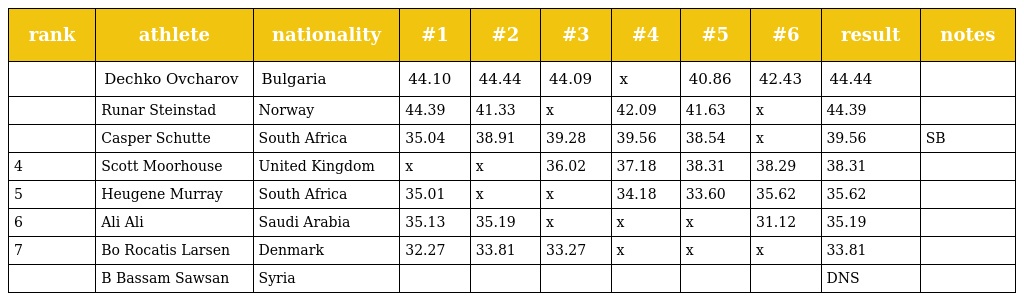
| rank | athlete | nationality | #1 | #2 | #3 | #4 | #5 | #6 | result | notes |
 | --- | --- | --- | --- | --- | --- | --- | --- | --- | --- | --- |
 |  | Dechko Ovcharov | Bulgaria | 44.10 | 44.44 | 44.09 | x | 40.86 | 42.43 | 44.44 |  |
 |  | Runar Steinstad | Norway | 44.39 | 41.33 | x | 42.09 | 41.63 | x | 44.39 |  |
 |  | Casper Schutte | South Africa | 35.04 | 38.91 | 39.28 | 39.56 | 38.54 | x | 39.56 | SB |
 | 4 | Scott Moorhouse | United Kingdom | x | x | 36.02 | 37.18 | 38.31 | 38.29 | 38.31 |  |
 | 5 | Heugene Murray | South Africa | 35.01 | x | x | 34.18 | 33.60 | 35.62 | 35.62 |  |
 | 6 | Ali Ali | Saudi Arabia | 35.13 | 35.19 | x | x | x | 31.12 | 35.19 |  |
 | 7 | Bo Rocatis Larsen | Denmark | 32.27 | 33.81 | 33.27 | x | x | x | 33.81 |  |
 |  | B Bassam Sawsan | Syria |  |  |  |  |  |  | DNS |  |